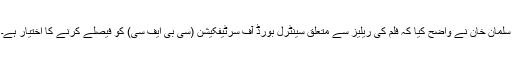
سلمان خان نے واضح کیا کہ فلم کی ریلیز سے متعلق سینٹرل بورڈ آف سرٹیفکیشن (سی بی ایف سی) کو فیصلے کرنے کا اختیار ہے۔